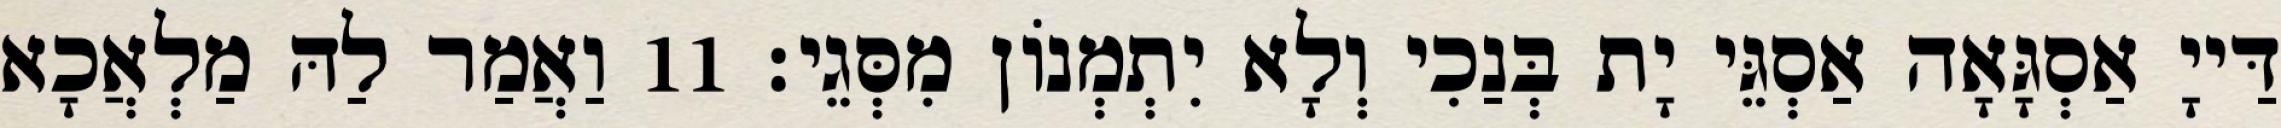
דַּייָ אַסְגָּאָה אַסְגֵּי יָת בְּנַכִי וְלָא יִתְמְנוֹן מִסְּגֵי׃ 11 וַאֲמַר לַהּ מַלְאֲכָא